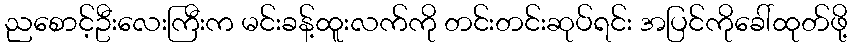
ညစောင့်ဦးလေးကြီးက မင်းခန့်ထူးလက်ကို တင်းတင်းဆုပ်ရင်း အပြင်ကိုခေါ်ထုတ်ဖို့